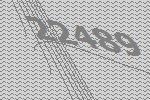
22489